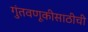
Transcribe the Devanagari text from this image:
गुंतवणूकीसाठीची